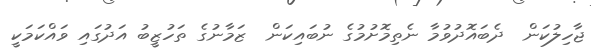
ޖާހިލުކަން  ދެބައޮދުވުމާ ނެތިމޮށުމުގެ ނުބައިކަން  ޒަމާނުގެ ތަހުޒީބު އަދުގައި ވައްކަމަކީ